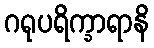
ဂရုပရိက္ခာရာနိ